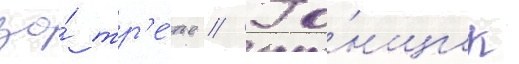
за́ тр'е́тье // Го́нщик